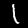
Digit: 1